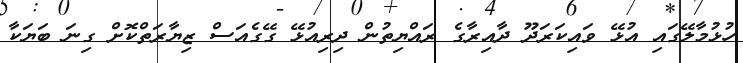
ހުޅުމާލޭގައި އުޅޭ ވައިކަރަދޫ ދާއިރާގެ ރައްޔިތުން ދިރިއުޅޭ ގޭގެއަސް ޒިޔާރަތްކޮށް ގިނަ ބަޔަކާ